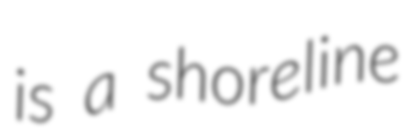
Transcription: is a shoreline